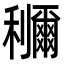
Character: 鿠